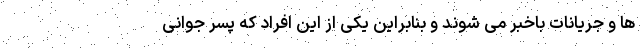
ها و جریانات باخبر می شوند و بنابراین یکی از این افراد که پسر جوانی